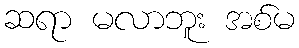
ဆရာ မလာဘူး အစ်မ